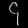
Digit: ၄